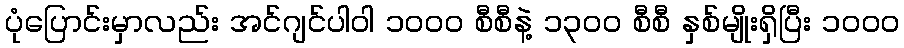
ပုံပြောင်းမှာလည်း အင်ဂျင်ပါဝါ ၁၀၀၀ စီစီနဲ့ ၁၃၀၀ စီစီ နှစ်မျိုးရှိပြီး ၁၀၀၀